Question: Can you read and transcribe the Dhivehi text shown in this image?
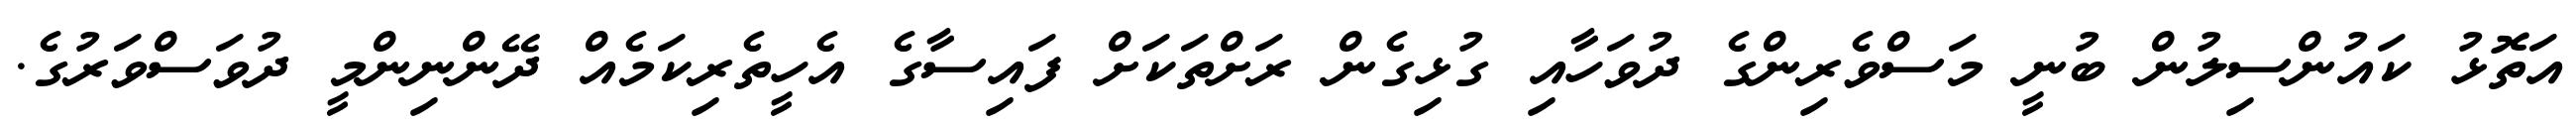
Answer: އަތޮޅު ކައުންސިލުން ބުނީ މަސްވެރިންގެ ދުވަހާއި ގުޅިގެން ރަށްތަކަށް ފައިސާގެ އެހީތެރިކަމެއް ދޭންނިންމީ ދުވަސްވަރުގެ.